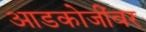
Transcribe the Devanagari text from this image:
आडकोजींवर